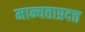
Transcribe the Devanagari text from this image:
मान्यताप्रदत्त